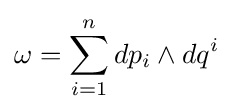
\omega =\sum _{i=1}^{n}dp_{i}\wedge dq^{i}